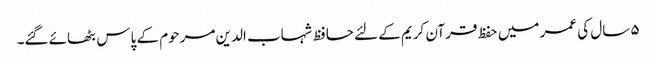
۵ سال کی عمر میں حفظ قرآن کریم کے لئے حافظ شہاب الدین مرحوم کے پاس بٹھائے گئے۔